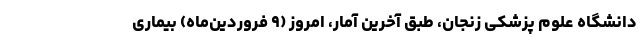
دانشگاه علوم پزشکی زنجان، طبق آخرین آمار، امروز (۹ فروردین‌ماه) بیماری